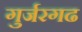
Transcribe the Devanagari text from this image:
गुर्जरगढ